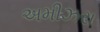
અમીઝરા